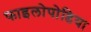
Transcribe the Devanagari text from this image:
फाइलोपोडिया